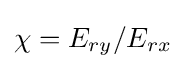
\chi =E_{ry}/E_{rx}